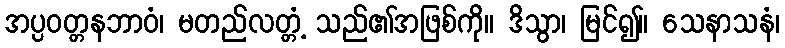
အပ္ပဝတ္တနဘာဝံ၊ မတည်လတ္တံ့ သည်၏အဖြစ်ကို။ ဒိသွာ၊ မြင်၍။ သေနာသနံ၊